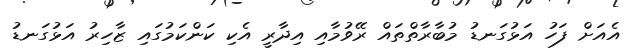
އެއަށް ފަހު އަޅުގަނޑު މުބާރާތްތައް ރޭވުމާއި އިދާރީ އެކި ކަންކަމުގައި ޒާހިރު އަޅުގަނޑު